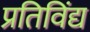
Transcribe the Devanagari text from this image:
प्रतिविंद्य